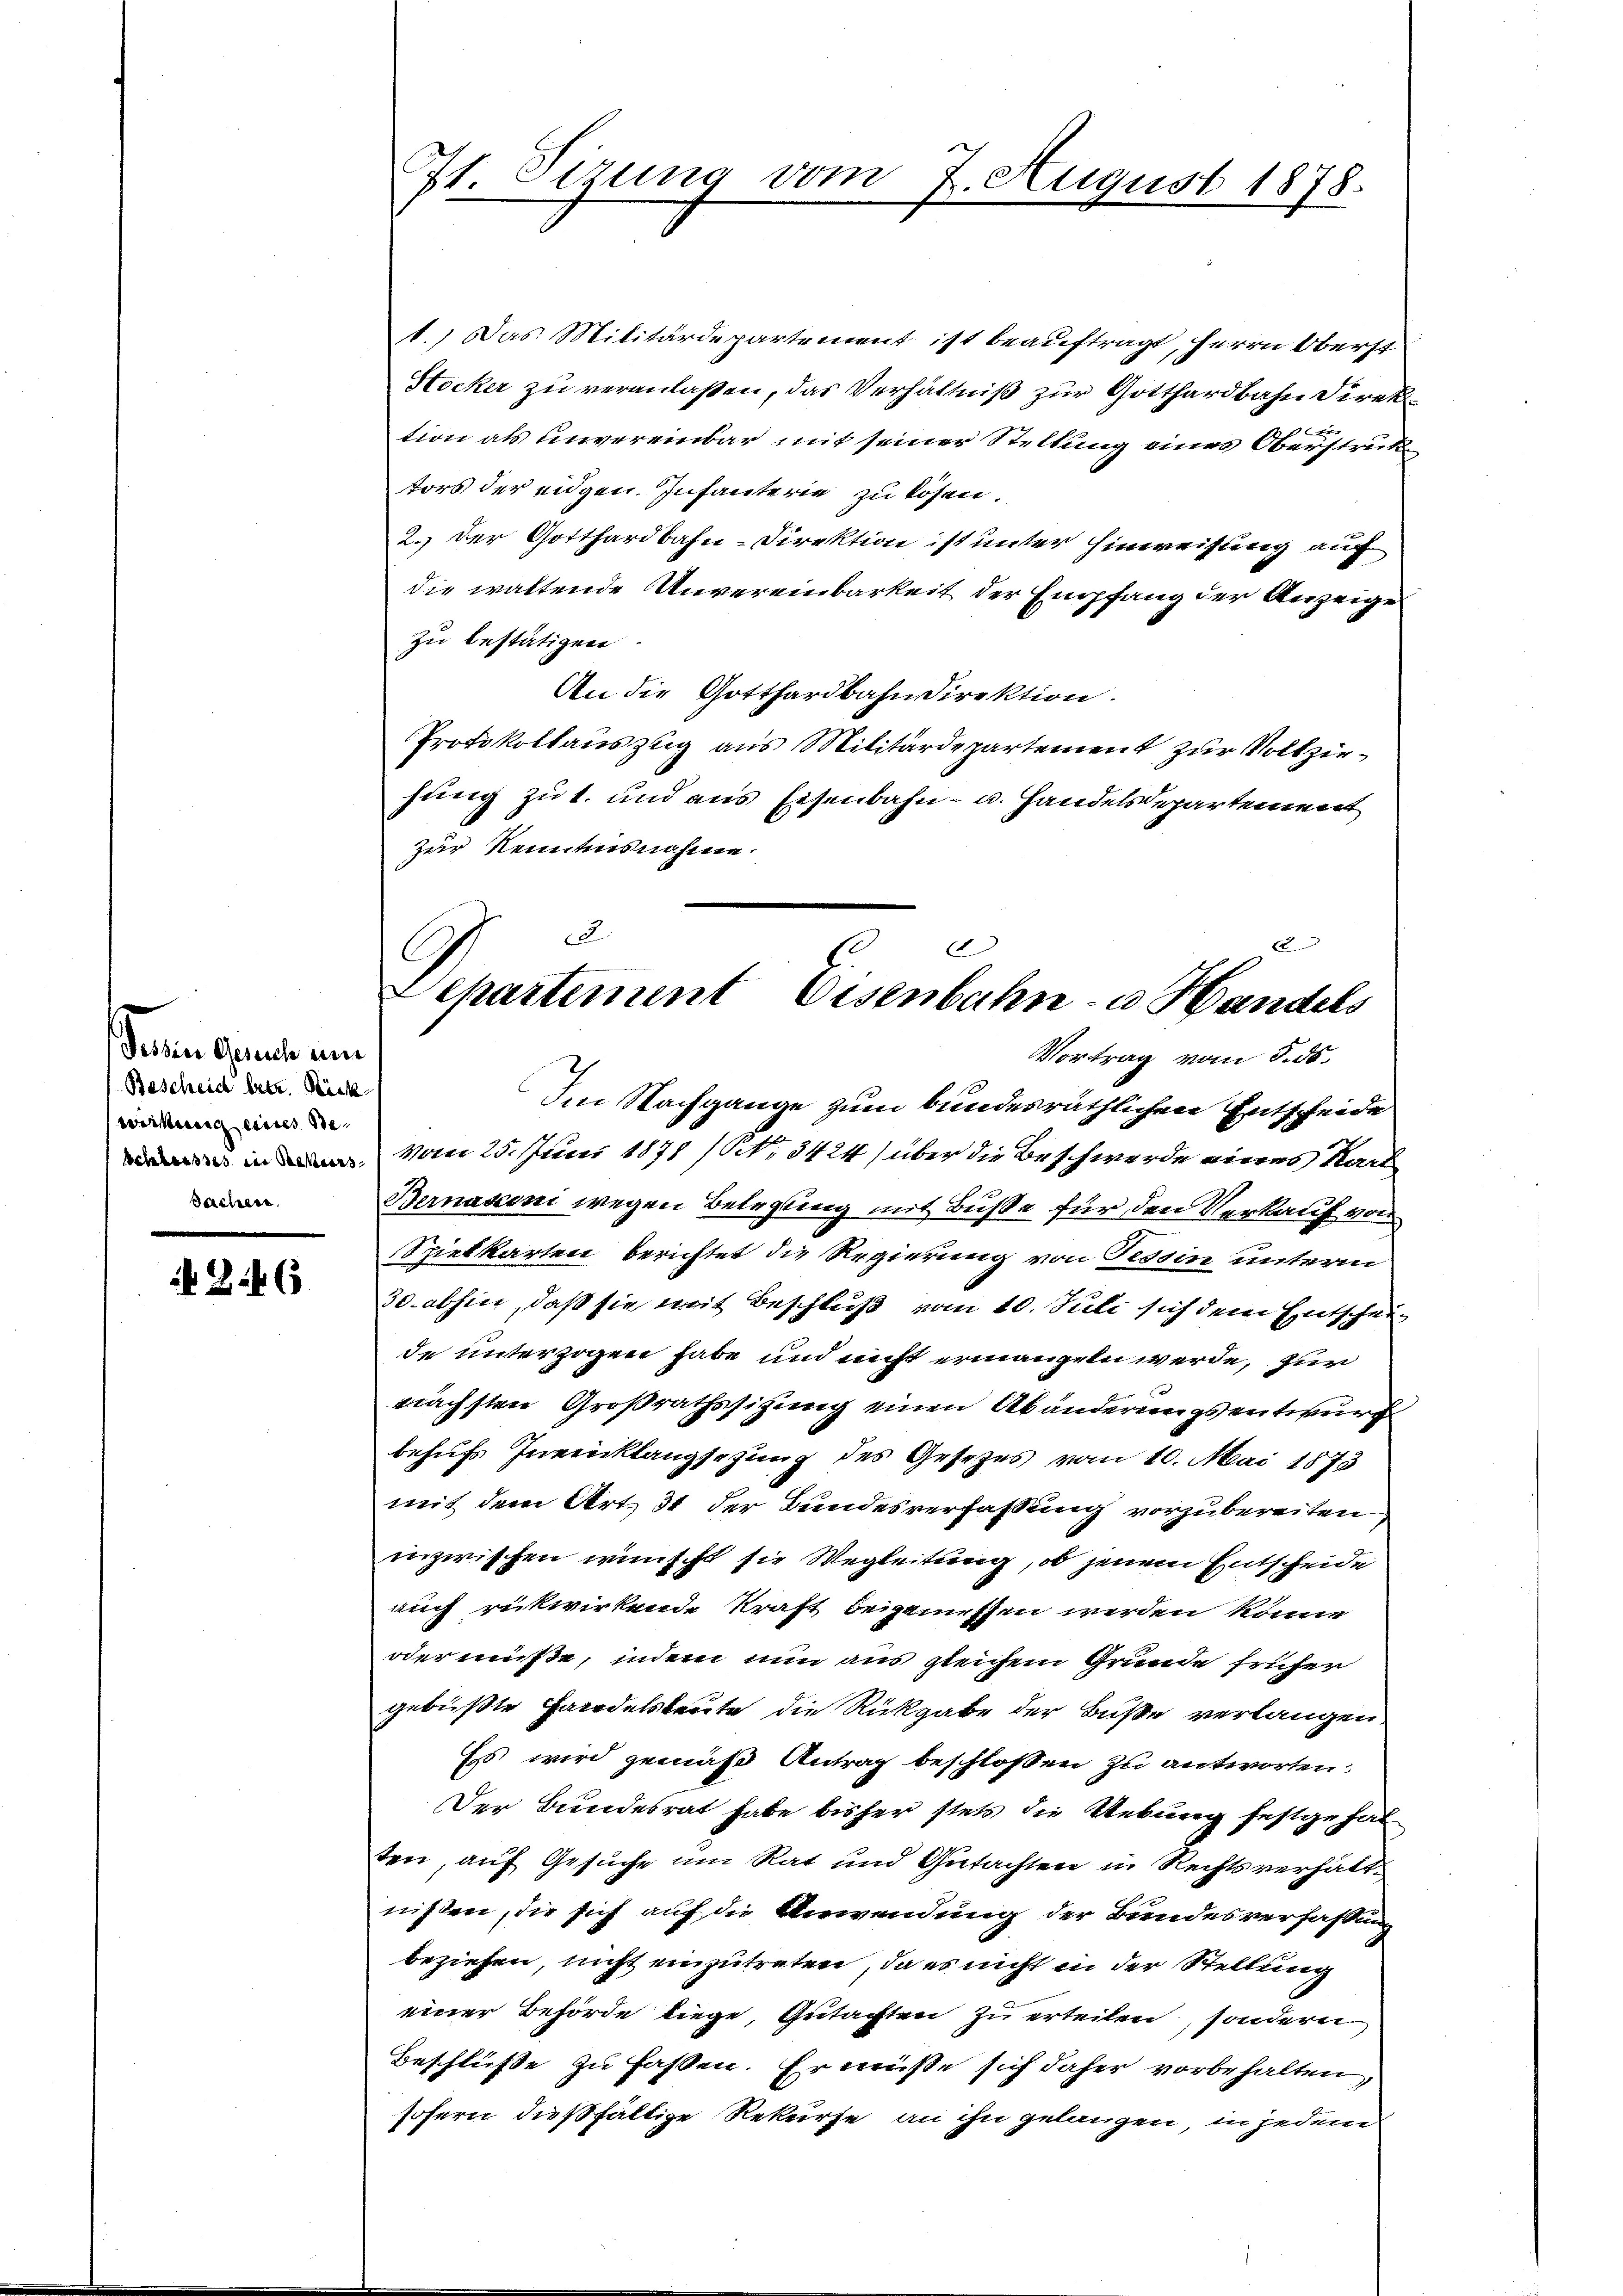
Dein Geruch um
Bescheid betr. Rück
wirkung eines Ste
Schlusses in Rekurs,
Sachere

246

7t. Sizung vom 7. August 1878.

1.) Das Militärdepartement ist beauftragt, Herrn Oberst
Hocker zu veranlaßen, das Verhältniß zur Gotthardbahn Direk¬
.
tion als unvereinbar mit seiner Stellung eines Oberstruk
tors der eidgen. Infanterie zu lösen.
2. der Gotthardbahn-Direktion ist unter Einweisung auf
die waltende Unvereinbarkeit der Empfang der Anzeige
zu bestätigen.
An die Gotthardbahndirektion.
Protokollauszug aus Militärdepartement zur Vollziehung zu t. und aus Eisenbahn- u. Handelsdepartement
zur Kenntnisnahme.
Im Nachgange zum bundesräthlichen Entscheide
vom 25. Juni 1878 / NNo. 3424) über die Beschwerde eines Kart
Bernasconi wegen Belegung mit Buße für den Verkauf von
Spielkarten berichtet die Regierung von Tessin unterm
30. abhin, daß sie mit Beschluß vom 10. Juli sich dem Entscheide unterzogen habe und nicht ermangen werde, zur
nächsten Großrathssitzung einen Abänderungsentwurf
behufs Invenklangsetzung des Gesetzes vom 10. Mai 1873
mit dem Art. 31 der Bundesverfassung vorzubereiten
inzwischen wünscht sie Wegleitung, ob jenem Entscheide
auch rückwirkende Kraft beigemessen werden könne
oder müße, indem nun aus gleichem Grunde früher
gebüßte Handelsleute die Rückgabe der Buße verlangen.
Es wird gemäß Antrag beschloßen zu antworten:
Der Bundesrat habe bisher stets die Uebung festgehal
ten, auf Gesuche um Rat und Gutachten in Rechtsverhältnissen, die sich auf die Verwendung der Bundesverfassung
beziehen, nicht einzutreten, da es nicht in der Stellung
einer Behörde liege, Gutachten zu erteilen, sondern
Beschlüße zu fassen. Er müße sich daher vorbehalten,
sofern dießfällige Rekurse an ihn gelangen, in jedem

2
Ex
E
Departement Eisenbahn- u. Handels
Vortrag vom 5. ds.